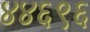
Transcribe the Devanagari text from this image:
४४६९६